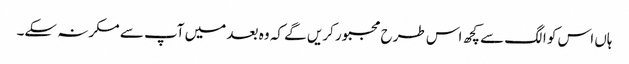
ہاں اس کو الگ سے کچھ اس طرح مجبور کریں گے کہ وہ بعد میں آپ سے مکرنہ سکے۔